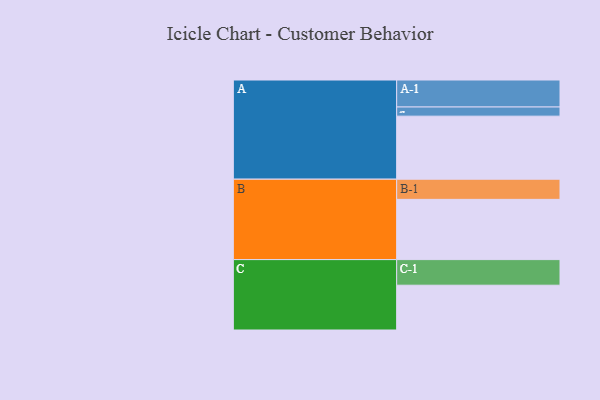
{"axis": {"x": "Segment", "y": "Value"}, "legend": ["", "A", "B", "C"], "data": [{"x": "A", "y": 453, "type": ""}, {"x": "B", "y": 433, "type": ""}, {"x": "C", "y": 322, "type": ""}, {"x": "A-1", "y": 194, "type": "A"}, {"x": "A-2", "y": 66, "type": "A"}, {"x": "B-1", "y": 145, "type": "B"}, {"x": "C-1", "y": 184, "type": "C"}]}